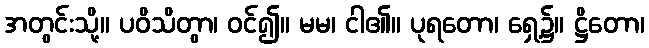
အတွင်းသို့။ ပဝိသိတွာ၊ ဝင်၍။ မမ၊ ငါ၏။ ပုရတော၊ ရှေ့၌။ ဋ္ဌိတော၊